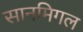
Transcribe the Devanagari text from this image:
सानमिगल